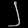
Digit: ၂